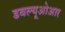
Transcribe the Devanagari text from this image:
डबल्यूओआर